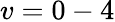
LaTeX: v=0-4